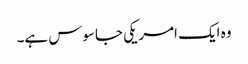
وہ ایک امریکی جاسوس ہے۔